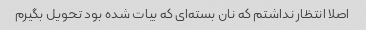
اصلا انتظار نداشتم که نان بسته‌ای که بیات شده بود تحویل بگیرم